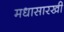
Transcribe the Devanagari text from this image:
मधासारखी